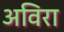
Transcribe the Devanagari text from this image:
अविरा